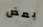
بعض